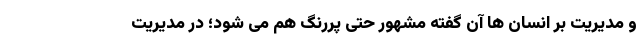
و مدیریت بر انسان ها آن گفته مشهور حتی پررنگ هم می شود؛ در مدیریت